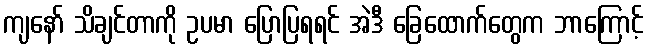
ကျနော် သိချင်တာကို ဥပမာ ပြောပြရရင် အဲဒီ ခြေထောက်တွေက ဘာကြောင့်